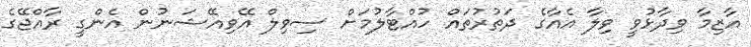
އާޒިމާ ވިދާޅުވީ ވިލާ އެއާގެ ދަތުރުތައް ހުއްޓާލުމަށް ސިވިލް އޭވިއޭޝަނުން އެންގީ ރާއްޖޭގެ